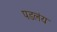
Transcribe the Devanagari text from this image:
पडलंय